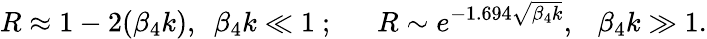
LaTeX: R\approx 1-2(\beta_{4}k),\ \ \beta_{4}k\ll 1\ ;\ \ \ \ \ \ R\sim e^{-1.694\sqrt{\beta_{4}k}},\ \ \ \beta_{4}k\gg 1.